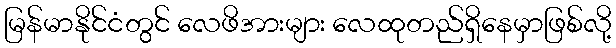
မြန်မာနိုင်ငံတွင် လေဖိအားများ လေထုတည်ရှိနေမှာဖြစ်လို့